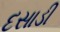
દસાડી